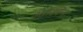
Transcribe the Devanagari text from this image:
आश्‍विन